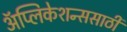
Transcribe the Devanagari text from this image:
अॅप्लिकेशन्ससाठी